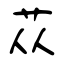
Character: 苁